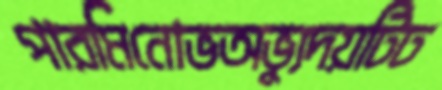
পারমিনোভঅভ্যুদয়টিঢ